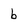
Character: b